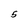
Character: 5